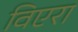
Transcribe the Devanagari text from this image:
विएरा